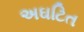
અઘટિત